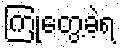
ကြုံတွေ့ခဲ့ရ